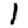
Digit: 1